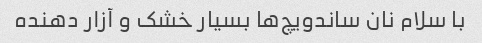
با سلام نان ساندویچ‌ها بسیار خشک و آزار دهنده